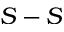
S - S